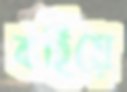
কহিয়ে